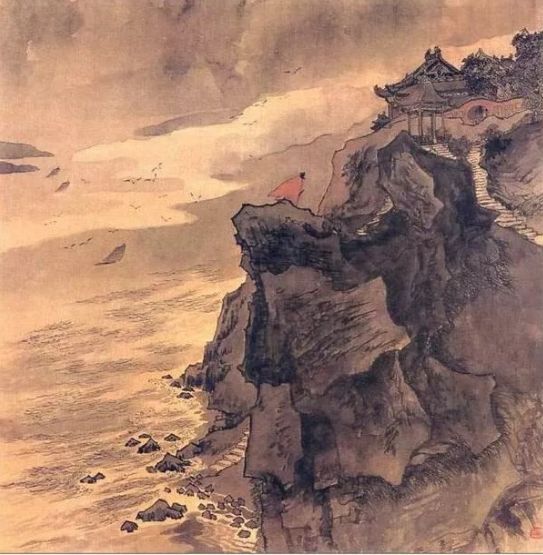
有情知望乡，谁能鬒不变？